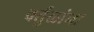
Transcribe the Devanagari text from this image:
वर्तुळांना